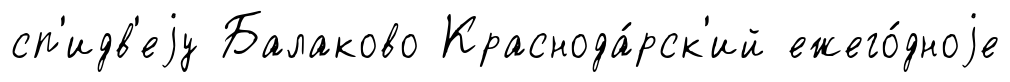
сп'идв'еjу Балаково Краснода́рск'ий ежего́дноjе